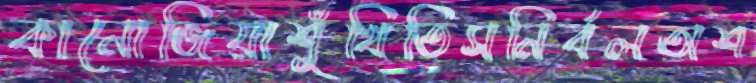
কানোজিয়াশুঁখিতিসনির্বলঅশ